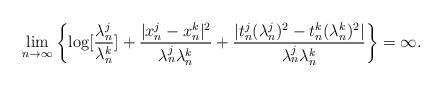
LaTeX: \begin{align*} \lim_{n\to\infty}\left\{\log[\frac{\lambda_n^j}{\lambda_n^k}]+\frac{|x_n^j-x_n^k|^2}{\lambda_n^j\lambda_n^k} +\frac{|t_n^j(\lambda_n^j)^2-t_n^k(\lambda_n^k)^2|}{\lambda_n^j\lambda_n^k}\right\}=\infty. \end{align*}